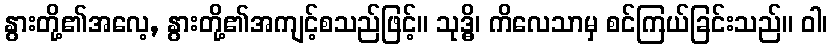
နွားတို့၏အလေ့, နွားတို့၏အကျင့်စသည်ဖြင့်။ သုဒ္ဓိ၊ ကိလေသာမှ စင်ကြယ်ခြင်းသည်။ ဝါ၊